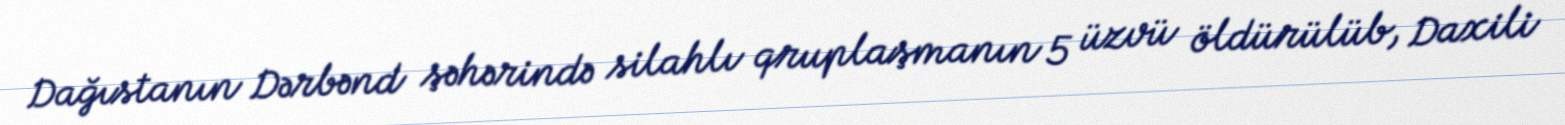
Dağıstanın Dərbənd şəhərində silahlı qruplaşmanın 5 üzvü öldürülüb, Daxili